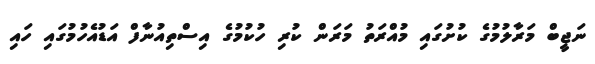
ނަޖީބް މަރާލުމުގެ ކުށުގައި މުއްރަތު މަރަން ކުރި ހުކުމުގެ އިސްތިއުނާފް އަޑުއެހުމުގައި ހައި